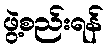
ဖွဲ့စည်းရန်